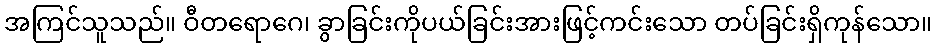
အကြင်သူသည်။ ဝီတရောဂေ၊ ခွာခြင်းကိုပယ်ခြင်းအားဖြင့်ကင်းသော တပ်ခြင်းရှိကုန်သော။